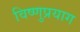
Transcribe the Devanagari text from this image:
विष्‍णुप्रयाग